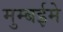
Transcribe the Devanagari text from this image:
मुम्बईमे